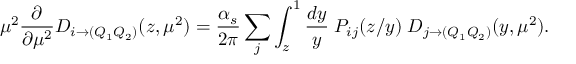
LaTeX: \mu ^ { 2 } \frac { \partial } { \partial \mu ^ { 2 } } D _ { i \to ( Q _ { 1 } Q _ { 2 } ) } ( z , \mu ^ { 2 } ) = \frac { \alpha _ { s } } { 2 \pi } \sum _ { j } \int _ { z } ^ { 1 } \frac { d y } { y } \; P _ { i j } ( z / y ) \; D _ { j \to ( Q _ { 1 } Q _ { 2 } ) } ( y , \mu ^ { 2 } ) .